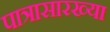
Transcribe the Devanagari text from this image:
पात्रासारख्या